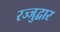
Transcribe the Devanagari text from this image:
रज्जुद्वार